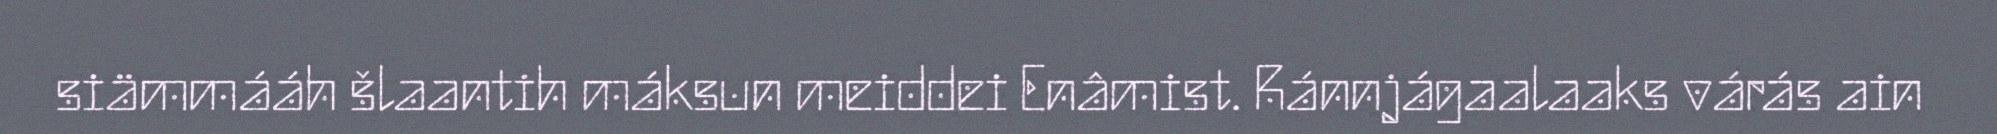
siämmááh šlaantih máksun meiddei Enâmist. Ránnjágaalaaks várás ain